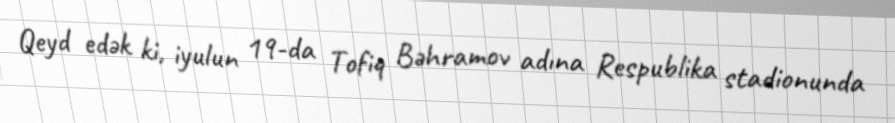
Qeyd edək ki, iyulun 19-da Tofiq Bəhramov adına Respublika stadionunda